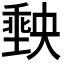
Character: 𭏮